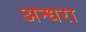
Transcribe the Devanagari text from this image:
अन्धरा